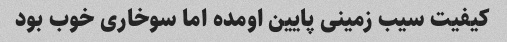
کیفیت سیب زمینی پایین اومده اما سوخاری خوب بود